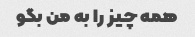
همه چیز را به من بگو